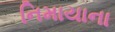
નિમાયાના